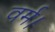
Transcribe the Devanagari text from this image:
वर्म।